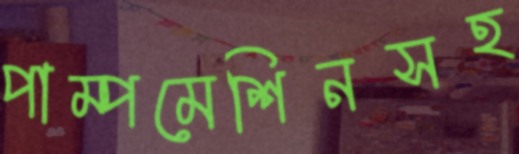
পাম্পমেশিনসহ